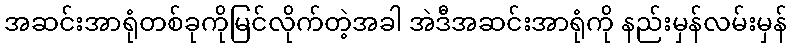
အဆင်းအာရုံတစ်ခုကိုမြင်လိုက်တဲ့အခါ အဲဒီအဆင်းအာရုံကို နည်းမှန်လမ်းမှန်